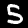
Digit: 5